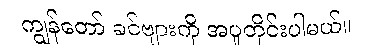
ကျွန်တော် ခင်ဗျားကို အပူတိုင်းပါမယ်။